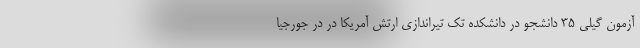
آزمون گیلی 35 دانشجو در دانشکده تک تیراندازی ارتش آمریکا در در جورجیا